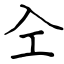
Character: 㒰